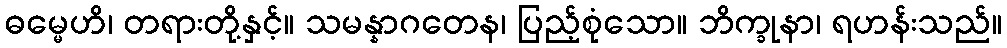
ဓမ္မေဟိ၊ တရားတို့နှင့်။ သမန္နာဂတေန၊ ပြည့်စုံသော။ ဘိက္ခုနာ၊ ရဟန်းသည်။